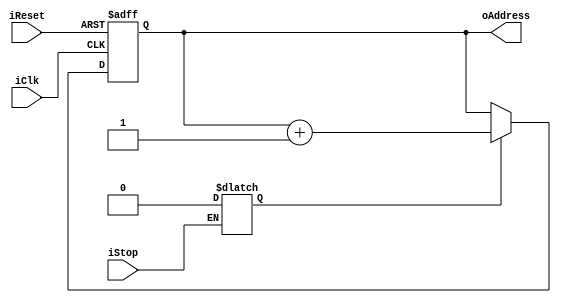
module    PC(iClk, iReset, iStop, oAddress);

	input              iClk;//
	input              iReset;//0-PC       
	input              iStop;
	output  reg   [3:0]oAddress; //4
        
	reg  State;

	initial begin  //
		State <= 1;
		oAddress  <= 0;
	end
	
	always @* begin
		if(iStop == 1) begin //
			State <= 0;
		end
	end
	always @(posedge iClk or negedge iReset)  begin  
		if (!iReset) begin  //0PC
			oAddress <= 0;  
		end  
		else begin
			if (State == 1) begin
				oAddress <=  oAddress + 1;
			end
		end  
	end  
endmodule